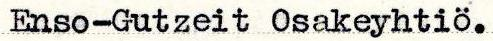
Enso-Gutzeit Osakeyhtiö.